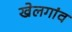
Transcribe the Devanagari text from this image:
खेलगांव